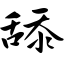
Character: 舔